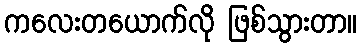
ကလေးတယောက်လို ဖြစ်သွားတာ။